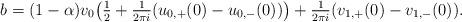
LaTeX: \begin{align*}b=(1-\alpha) v_0 \bigl( \tfrac12 + \tfrac1{2\pi i} (u_{0,+ } (0)- u_{0,- } (0)) \bigr)+ \tfrac1{2\pi i} (v_{1,+} (0) - v_{1,-} (0) ) .\end{align*}